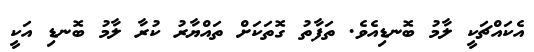
އެކައްޗަކީ ލާމު ބޮނޑިއެވެ. ތަފާތު ގޮތަކަށް ތައްޔާރު ކުރާ ލާމު ބޮނޑި އަކީ